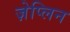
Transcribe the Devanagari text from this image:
ज़ेप्लिन